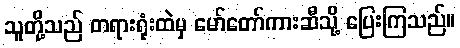
သူတို့သည် တရားရုံးထဲမှ မော်တော်ကားဆီသို့ ပြေးကြသည်။